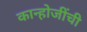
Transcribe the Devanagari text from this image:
कान्होजींची